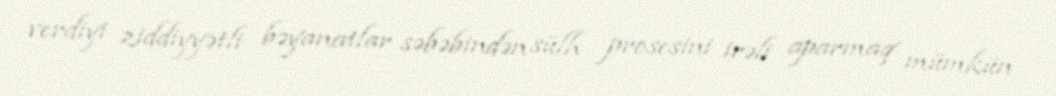
verdiyi ziddiyyətli bəyanatlar səbəbindən sülh prosesini irəli aparmaq mümkün